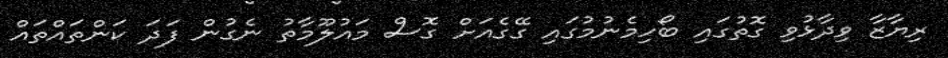
ރިޔާޒާ ވިދާޅުވި ގޮތުގައި ބޯހިމެނުމުގައި ގޭގެއަށް ގޮސް މައުލޫމާތު ނެގުން ފަދަ ކަންތައްތައް